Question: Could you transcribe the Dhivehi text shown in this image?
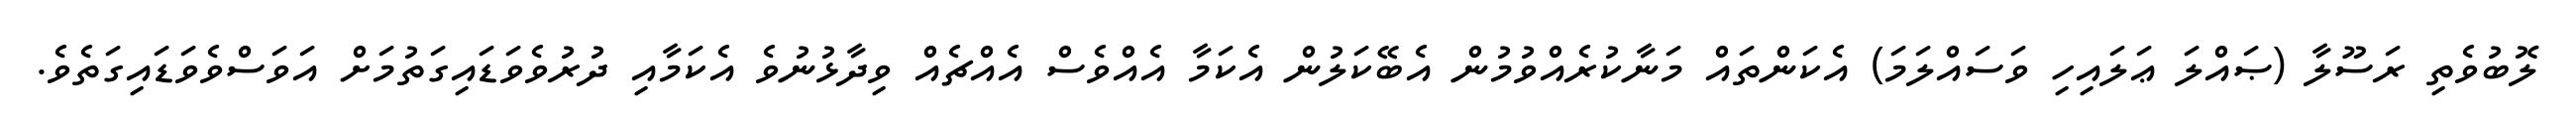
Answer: ލޮބުވެތި ރަސޫލާ (ޞައްލަ ޢަލައިހި ވަސައްލަމަ) އެކަންތައް މަނާކުރެއްވުމުން އެބޭކަލުން އެކަމާ އެއްވެސް އެއްޗެއް ވިދާޅުނުވެ އެކަމާއި ދުރުވެވަޑައިގަތުމަށް އަވަސްވެވަޑައިގަތެވެ.